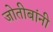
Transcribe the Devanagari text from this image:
जोतीबांनी